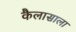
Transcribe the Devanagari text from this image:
कैलासाला